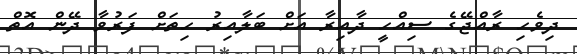
ދިވެހި ރާއްޖޭގެ ސިއްހީ ދާއިރާ އަށް ބަލާއިރު ހިތަށް ފަރުވާ ދޭން އޮތް